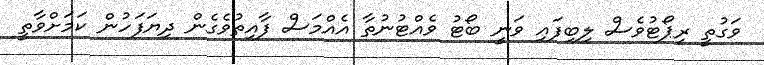
ވަގުތީ ރިޕޯޓުވެސް ލިބިފައި ވަނީ ބޯޓު ވެއްޓުނުތާ އެއްމަސް ފާއިތުވެގެން ދިޔަފަހުން ކަމަށްވާތީ